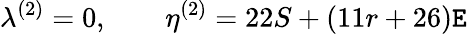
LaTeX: \lambda^{(2)}=0,\qquad\eta^{(2)}=22S+(11r+26){\cal{\mathtt{E}}}